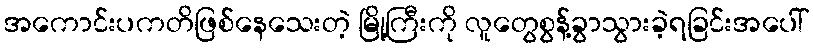
အကောင်းပကတိဖြစ်နေသေးတဲ့ မြို့ကြီးကို လူတွေစွန့်ခွာသွားခဲ့ရခြင်းအပေါ်